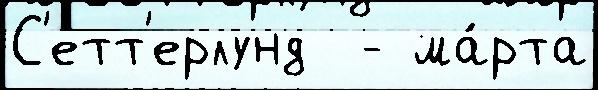
С'етт'ерлунд  - ма́рта